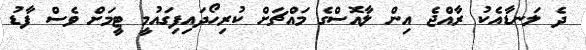
ދެ ލަނޑާއެކު ރާއްޖެ އިން ލާއޮސްގެ މައްޗަށް ކުރިހޯދައިފިގައުމީ ޓީމަށް ވެސް ފާޑު